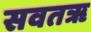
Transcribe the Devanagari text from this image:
सवतॠ